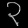
Digit: ၃